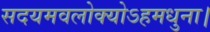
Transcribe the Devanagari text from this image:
सदयमवलोक्योऽहमधुना।